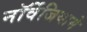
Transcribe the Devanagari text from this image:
नॉर्वेजियामे